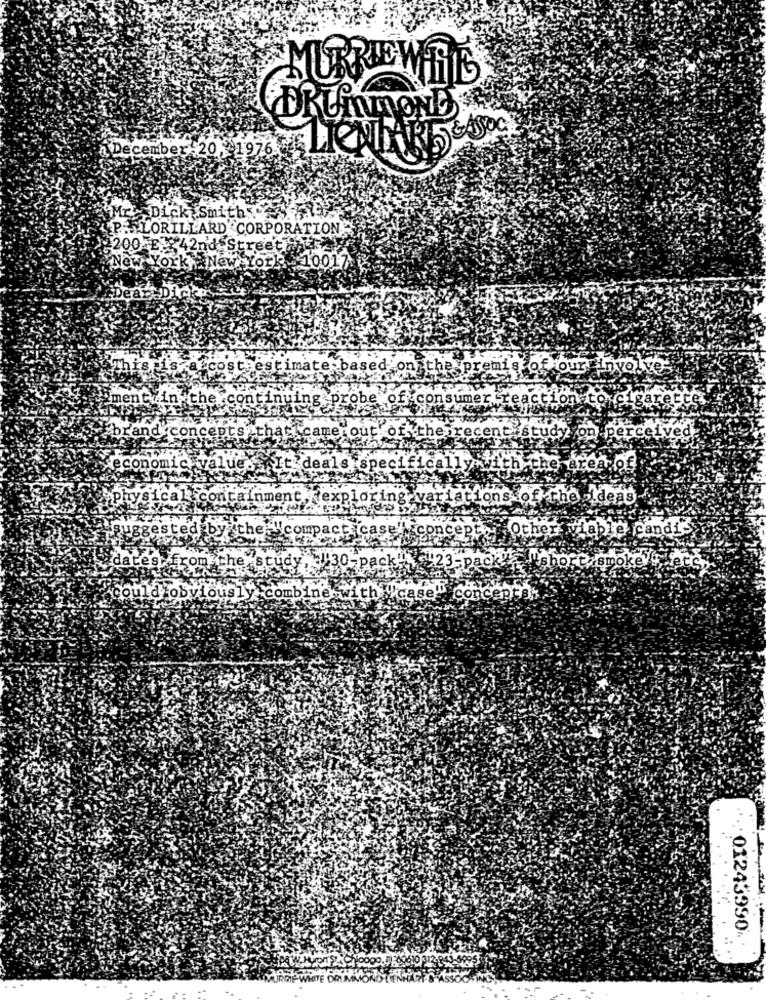
MURRIEWTIR
DRUMMOND
.December 20 , 1976 LING
Ir Dick Smith
LP-ELORILLARD CORPORATION
200 EX: 42nd Street
New York New York 10017
"Dear,Dich
ost estimate based on
che
Ipremis of our involves
mentiin
cont
nuing
sumer react
Lon
xcigaret
79
rand
concept's
hati came
out of
che
ecent study
on
perceived
dealsispec
containment exploring variations of the ideas
compact case
con
Other viable candi'
221123
.pack'
INshort smoke
1930-pack"'
mbine wi
th y'case"
conc
01243990
Ton'S:Chicago, Il :00610 312-843-6995